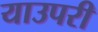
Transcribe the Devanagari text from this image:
याउपरी